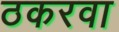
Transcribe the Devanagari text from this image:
ठकरवा